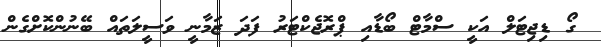
ގޯ ޑިޖިޓަލް އަކީ ސްމާޓް ބޯޑާއި ޕްރޮޖެކްޓަރު ފަދަ ޒަމާނީ ވަސީލަތައް ބޭނުންކޮށްގެން